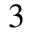
^ 3